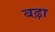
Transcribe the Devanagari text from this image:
बढ़़ा